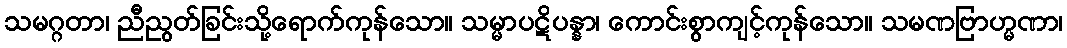
သမဂ္ဂတာ၊ ညီညွတ်ခြင်းသို့ရောက်ကုန်သော။ သမ္မာပဋိပန္နာ၊ ကောင်းစွာကျင့်ကုန်သော။ သမဏဗြာဟ္မဏာ၊